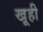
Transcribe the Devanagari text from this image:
खूही